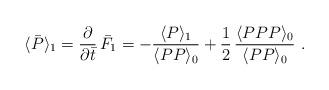
LaTeX: \begin{align*}\langle\bar{P}\rangle_1 = {\partial\over\partial\bar{t}}\,\bar{F}_1 =-{\langle P\rangle_1 \over \langle PP \rangle_0} +{1\over 2}\, {\langle PPP \rangle_0\over \langle PP \rangle_0}\ .\end{align*}